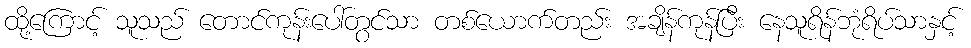
ထို့ကြောင့် သူသည် တောင်ကုန်းပေါ်တွင်သာ တစ်ယောက်တည်း အချိန်ကုန်ပြီး နေသူရိန်ဘုံရိပ်သာနှင့်